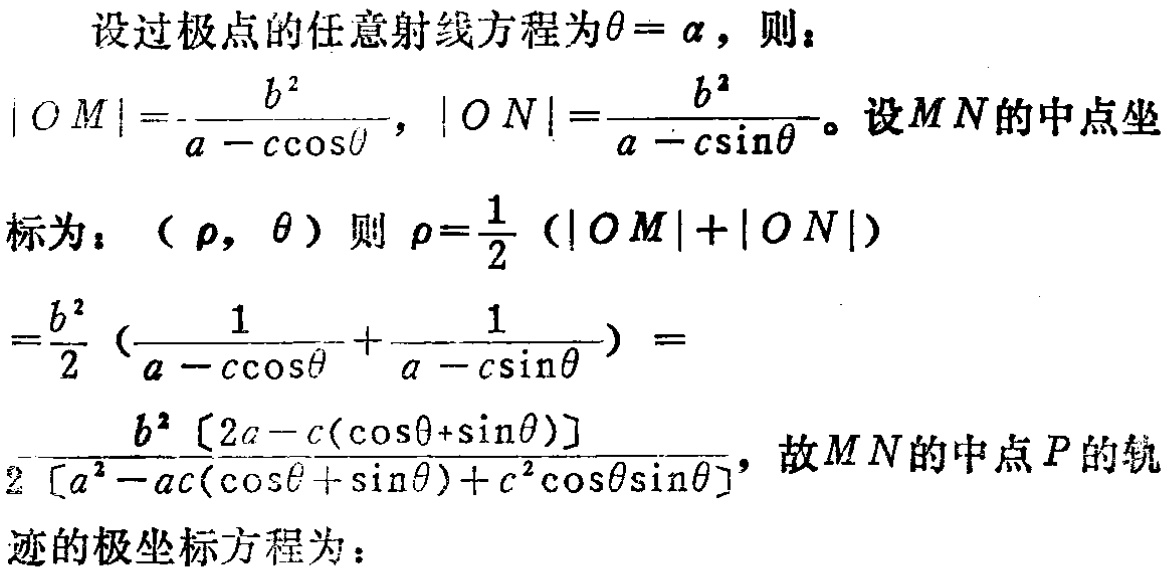
设过极点的任意射线方程为\(\theta = \alpha\)，则：
\(\vert OM\vert=\frac{b^{2}}{a - c\cos\theta}\)，\(\vert ON\vert=\frac{b^{2}}{a - c\sin\theta}\)。设\(MN\)的中点坐
标为：\((\rho, \theta)\)则\(\rho=\frac{1}{2}(\vert OM\vert+\vert ON\vert)\)
\(=\frac{b^{2}}{2}(\frac{1}{a - c\cos\theta}+\frac{1}{a - c\sin\theta}) =\)
\(\frac{b^{2}[2a - c(\cos\theta+\sin\theta)]}{2[a^{2}-ac(\cos\theta + \sin\theta)+c^{2}\cos\theta\sin\theta]}\)，故\(MN\)的中点\(P\)的轨
迹的极坐标方程为：